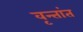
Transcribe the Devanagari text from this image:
वृन्तांत